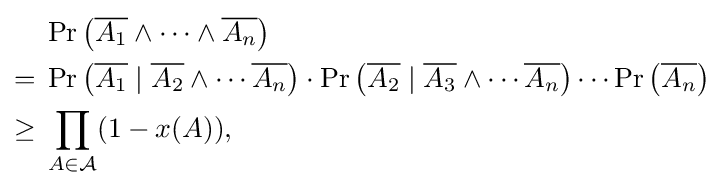
{\begin{aligned}&\Pr \left({\overline {A_{1}}}\wedge \cdots \wedge {\overline {A_{n}}}\right)\\={}&\Pr \left({\overline {A_{1}}}\mid {\overline {A_{2}}}\wedge \cdots {\overline {A_{n}}}\right)\cdot \Pr \left({\overline {A_{2}}}\mid {\overline {A_{3}}}\wedge \cdots {\overline {A_{n}}}\right)\cdots \Pr \left({\overline {A_{n}}}\right)\\\geq {}&\prod _{A\in {\mathcal {A}}}(1-x(A)),\end{aligned}}